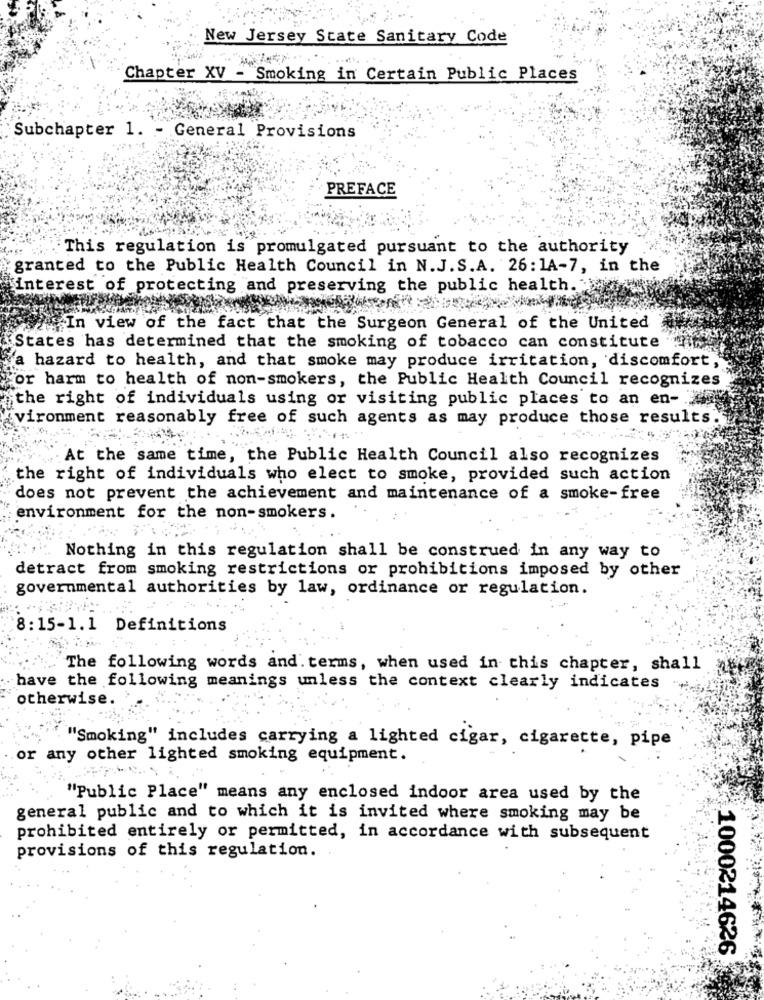
New Jersey State Sanitary Code
Chapter XV - Smoking in Certain Public Places
Subchapter 1. - General Provisions
PREFACE
This regulation is promulgated pursuant to the authority
granted to the Public Health Council in N.J.S.A. 26: 1A-7, in the
"interest of protecting and preserving the public health."
In view of the fact that the Surgeon General of the United
States has determined that the smoking of tobacco can constitute
Ya hazard to health, and that smoke may produce irritation, discomfort,
or harm to health of non-smokers, the Public Health Council recognizes
the right of individuals using or visiting public places to an en-
vironment reasonably free of such agents as may produce those results.
At the same time, the Public Health Council also recognizes
the right of individuals who elect to smoke, provided such action
does not prevent the achievement and maintenance of a smoke-free
environment for the non-smokers.
Nothing in this regulation shall be construed in any way to
detract from smoking restrictions or prohibitions imposed by other
governmental authorities by law, ordinance or regulation.
8:15-1.1 Definitions
The following words and. terms, when used in this chapter, shall
have the following meanings unless the context clearly indicates
otherwise.
"Smoking" includes carrying a lighted cigar, cigarette, pipe
or any other lighted smoking equipment.
"Public Place" means any enclosed indoor area used by the
general public and to which it is invited where smoking may be
prohibited entirely or permitted, in accordance with subsequent
provisions of this regulation.
1000214626